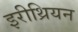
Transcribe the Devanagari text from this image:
इरीथ्रियन